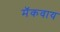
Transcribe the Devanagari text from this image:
मॅकवाय